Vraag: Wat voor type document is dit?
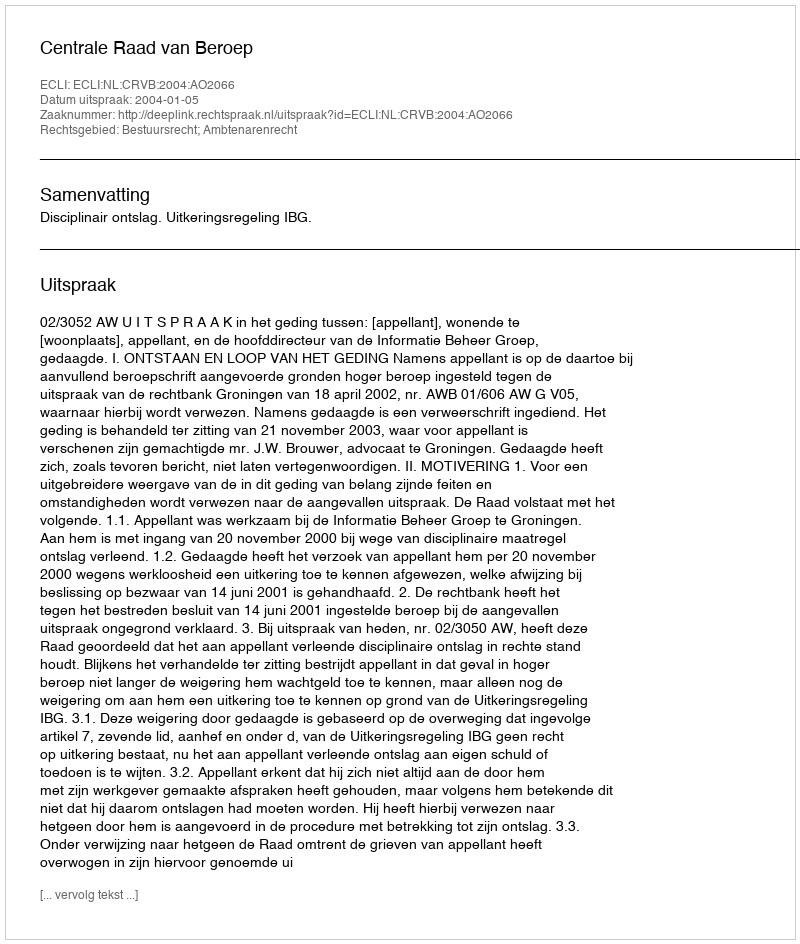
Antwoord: Uitspraak